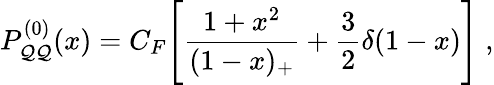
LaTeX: P_{\mathcal{Q}\mathcal{Q}}^{(0)}(x)=C_{F}\Bigg[\frac{{1+x^{2}}}{{(1-x)_{+}}}+\frac{{3}}{{2}}\delta(1-x)\Bigg]\; ,